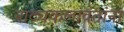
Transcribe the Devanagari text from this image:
नाट्यकलावंतांना